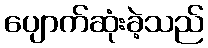
ပျောက်ဆုံးခဲ့သည်